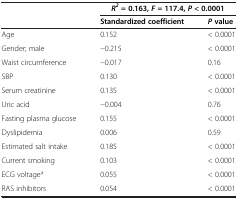
<table><thead><tr><td><b> </b></td><td colspan="2"><b><i>R</i><sup><i>2 </i></sup>= 0.163, <i>F </i>= 117.4, <i>P </i>&lt; 0.0001</b></td></tr><tr><td><b> </b></td><td><b>Standardized coefficient</b></td><td><b><i>P </i>value</b></td></tr></thead><tbody><tr><td>Age</td><td>0.152</td><td>&lt; 0.0001</td></tr><tr><td>Gender; male</td><td>−0.215</td><td>&lt; 0.0001</td></tr><tr><td>Waist circumference</td><td>−0.017</td><td>0.16</td></tr><tr><td>SBP</td><td>0.130</td><td>&lt; 0.0001</td></tr><tr><td>Serum creatinine</td><td>0.135</td><td>&lt; 0.0001</td></tr><tr><td>Uric acid</td><td>−0.004</td><td>0.76</td></tr><tr><td>Fasting plasma glucose</td><td>0.155</td><td>&lt; 0.0001</td></tr><tr><td>Dyslipidemia</td><td>0.006</td><td>0.59</td></tr><tr><td>Estimated salt intake</td><td>0.185</td><td>&lt; 0.0001</td></tr><tr><td>Current smoking</td><td>0.103</td><td>&lt; 0.0001</td></tr><tr><td>ECG voltage<sup>a</sup></td><td>0.055</td><td>&lt; 0.0001</td></tr><tr><td>RAS inhibitors</td><td>0.054</td><td>&lt; 0.0001</td></tr></tbody></table>